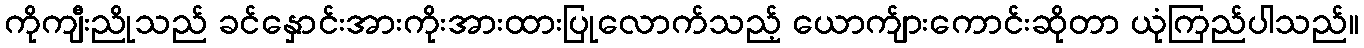
ကိုကျီးညိုသည် ခင်နှောင်းအားကိုးအားထားပြုလောက်သည့် ယောက်ျားကောင်းဆိုတာ ယုံကြည်ပါသည်။